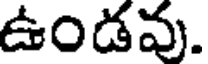
ఉండవు.